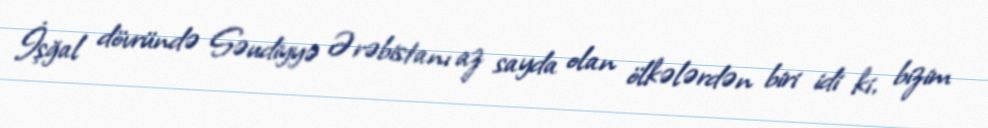
İşğal dövründə Səudiyyə Ərəbistanı az sayda olan ölkələrdən biri idi ki, bizim